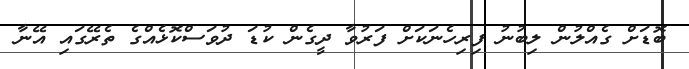
ބޮޑަށް ގެއްލުން ލިބުނު ފިރިހެނަކަށް ފަރުވާ ދީގެން ކުޑަ ދުވަސްކޮޅެއްގެ ތެރޭގައި އޭނާ